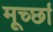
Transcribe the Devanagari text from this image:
मूर्च्‍छा